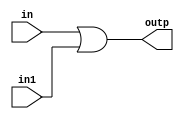
module OrGate(in,in1,outp);
	input in,in1;
	output outp;
	assign outp=in | in1;
endmodule